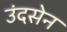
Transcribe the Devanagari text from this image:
उंदसेन